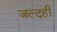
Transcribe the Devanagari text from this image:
जल्‍दही